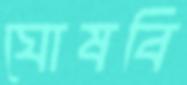
ঘোষবি